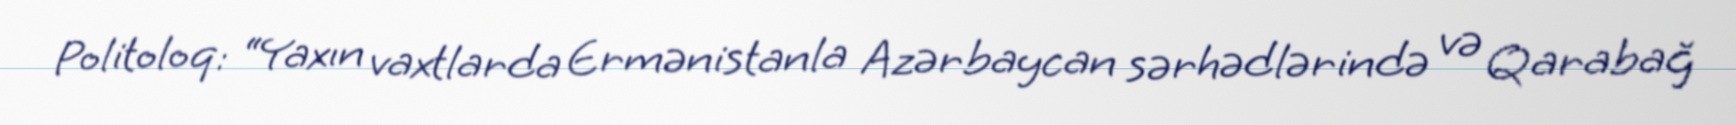
Politoloq: “Yaxın vaxtlarda Ermənistanla Azərbaycan sərhədlərində və Qarabağ